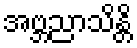
အဗ္ဘညာသိန္တိ